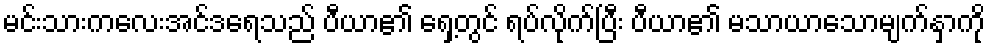
မင်းသားကလေးအင်ဒရေသည် ပီယာ၏ ရှေ့တွင် ရပ်လိုက်ပြီး ပီယာ၏ မသာယာသောမျက်နှာကို